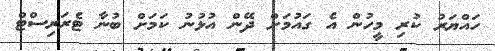
ހައްޔަރު ކުރި މީހުން އެ ގައުމަށް ދޭން އުޅުނު ކަމަށް ބުނާ ޓެރަރިސްޓް